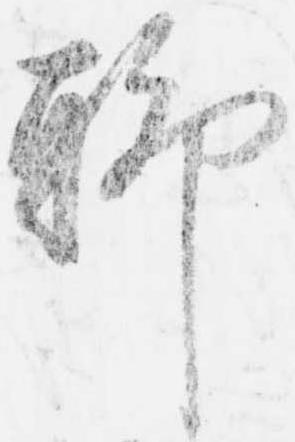
聊